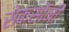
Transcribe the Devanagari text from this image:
सेक्सॉनी